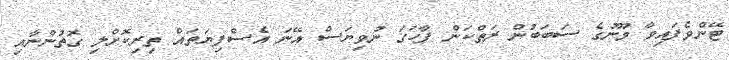
ޓޭންވެފައިވާ މޫނުގެ ސަބަބުން ރަތްކަން ފާހަގަ ނުވިޔަސް އޭނަ އެސްފިޔަތައް ތިރިކޮށްލި ގޮތުންނާއި